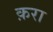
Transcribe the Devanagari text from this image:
क़रा